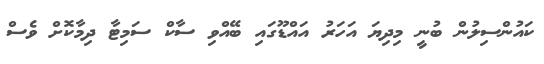
ކައުންސިލުން ބުނީ މިދިޔަ އަހަރު އައްޑޫގައި ބޭއްވި ސާކް ސަމިޓާ ދިމާކޮށް ވެސް